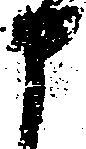
申